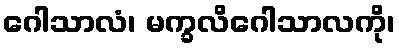
ဂေါသာလံ၊ မက္ခလိဂေါသာလကို၊